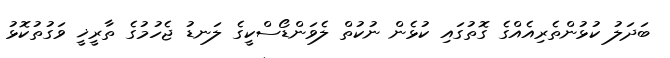
ބަދަލު ކުޅުންތެރިއެއްގެ ގޮތުގައި ކުޅެން ނުކުތް ލެވަންޑޯސްކީގެ ލަނޑު ޖެހުމުގެ ތާރީޚީ ވަގުތުކޮޅު